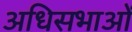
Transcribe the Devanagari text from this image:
अधिसभाओं